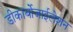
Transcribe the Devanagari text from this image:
डीकार्बोजाईलेशन